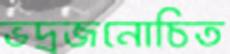
ভদ্রজনোচিত